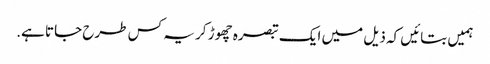
ہمیں بتائیں کہ ذیل میں ایک تبصرہ چھوڑ کر یہ کس طرح جاتا ہے.